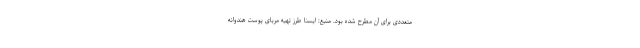
متعددی برای آن مطرح شده بود. منبع: ایسنا طرز تهیه مربای پوست هندوانه